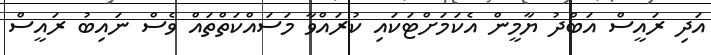
އަދި ރައީސް އަބްދު ޔާމީން އެކަމަށްޓަކައި ކުރައްވާ މަސައްކަތްތައް ވެސް ނައިބު ރައީސް